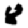
Digit: 8